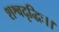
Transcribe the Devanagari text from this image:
शश्वदृद्धिः।।